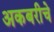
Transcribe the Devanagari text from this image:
अकबरीचे